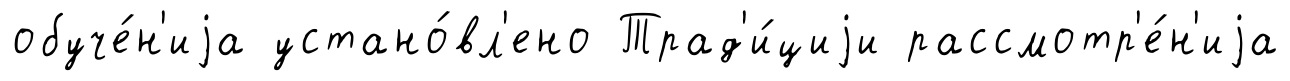
обуче́н'иjа устано́вл'ено Трад'и́циjи рассмотр'е́н'иjа